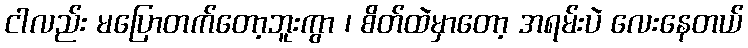
ငါလည်း မပြောတက်တော့ဘူးကွာ ၊ စိတ်ထဲမှာတော့ အရမ်းပဲ လေးနေတယ်